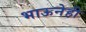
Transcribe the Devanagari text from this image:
भाऊनेही